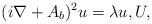
LaTeX: \begin{align*} (i\nabla + A_b)^2 u = \lambda u, U,\end{align*}